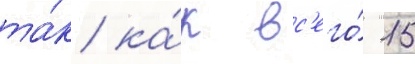
та́к ка́к вс'его́ 15